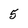
Character: 5